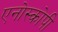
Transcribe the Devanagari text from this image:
एनोस्कोपी